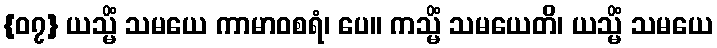
{၀၇} ယသ္မိံ သမယေ ကာမာဝစရံ၊ ပေ။ ကသ္မိံ သမယေတိ၊ ယသ္မိံ သမယေ